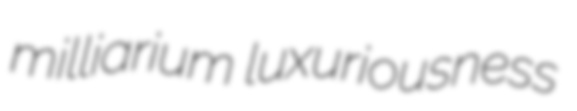
milliarium luxuriousness